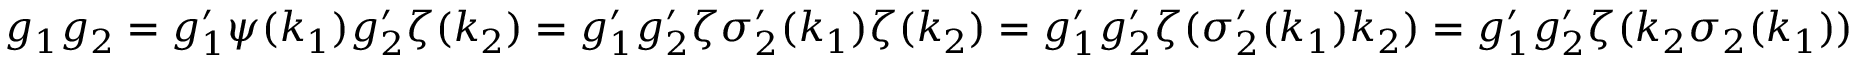
g _ { 1 } g _ { 2 } = g _ { 1 } ^ { \prime } \psi ( k _ { 1 } ) g _ { 2 } ^ { \prime } \zeta ( k _ { 2 } ) = g _ { 1 } ^ { \prime } g _ { 2 } ^ { \prime } \zeta \sigma _ { 2 } ^ { \prime } ( k _ { 1 } ) \zeta ( k _ { 2 } ) = g _ { 1 } ^ { \prime } g _ { 2 } ^ { \prime } \zeta ( \sigma _ { 2 } ^ { \prime } ( k _ { 1 } ) k _ { 2 } ) = g _ { 1 } ^ { \prime } g _ { 2 } ^ { \prime } \zeta ( k _ { 2 } \sigma _ { 2 } ( k _ { 1 } ) )